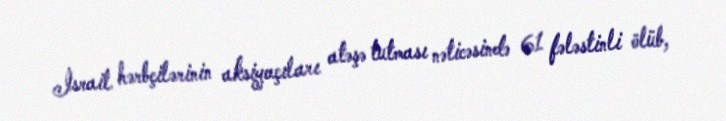
İsrail hərbçilərinin aksiyaçıları atəşə tutması nəticəsində 61 fələstinli ölüb,